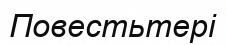
Повестьтері